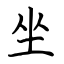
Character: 坐